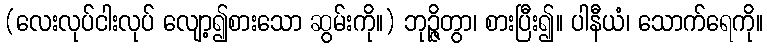
(လေးလုပ်ငါးလုပ် လျော့၍စားသော ဆွမ်းကို။) ဘုဉ္ဇိတွာ၊ စားပြီး၍။ ပါနီယံ၊ သောက်ရေကို။